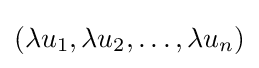
(\lambda u_{1},\lambda u_{2},\ldots ,\lambda u_{n})